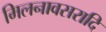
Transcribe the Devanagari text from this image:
मिलनावसरादि